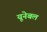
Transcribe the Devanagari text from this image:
यूनेबल